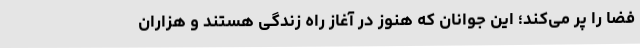
فضا را پر می‌کند؛ این جوانان که هنوز در آغاز راه زندگی هستند و هزاران